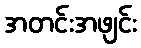
အတင်းအဖျင်း